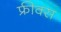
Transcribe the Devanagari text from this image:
फ्रीक्स